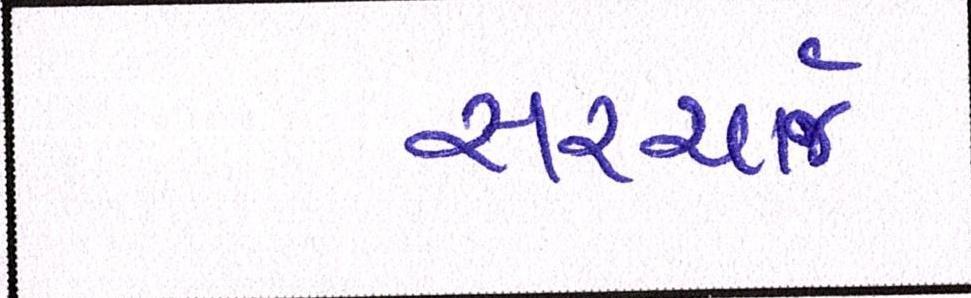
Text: સરચાર્જ